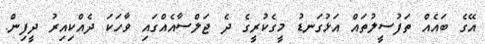
އޭގެ ބައެއް ތަފުސީލުތައް އަޅުގަނޑު މީގެކުރީގެ ދެ ޖަލްސާއެއްގައި ވާހަކަ ދެއްކިއިރު ދީފިން.